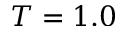
T = 1 . 0